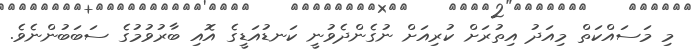
މި މަސައްކަތް މިއަދު އިތުރަށް ކުރިއަށް ނުގެންދެވުނީ ކަނޑުއަޑީގެ އޮއި ބާރުވުމުގެ ސަބަބުންނެވެ.